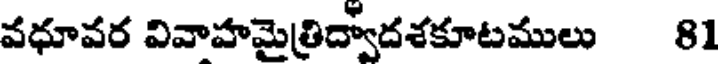
వధూవర వివాహమైత్రిద్వాదశకూటములు 81